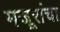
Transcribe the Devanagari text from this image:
मजूरांचा